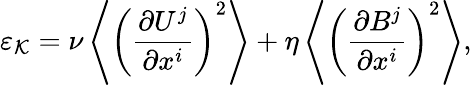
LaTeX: \varepsilon_{\cal{K}}=\nu\left\langle{\left({\frac{\partial U^{j}}{\partial x^{i}}}\right)^{2}}\right\rangle+\eta\left\langle{\left({\frac{\partial B^{j}}{\partial x^{i}}}\right)^{2}}\right\rangle,